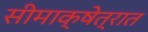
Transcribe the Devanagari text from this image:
सीमाक्षेत्रात